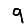
Digit: 9